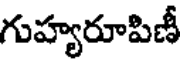
గుహ్యరూపిణీ